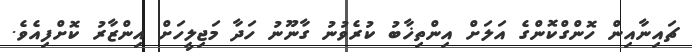
ޗައިނާއިން ހޮންގްކޮންގެ އަލަށް އިންތިޚާބު ކުރެވުނު ގާނޫނު ހަދާ މަޖިލީހަށް އިންޒާރު ކޮށްފިއެވެ.